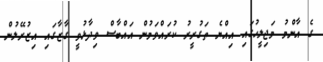
ގެ އާންމު މަޖިލީހުގައި އިއްޔެ ތަގުރީރު ކުރައްވަމުން އައްބާސް ވިދާޅުވީ ގާޒާގައި އިޒުރޭލުން